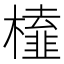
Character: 𭬔